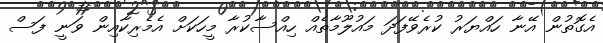
އެގޮތުން އޭނާ ހައްޔަރު ކުރެވޭފަދަ މައުލޫމާތެއް ހިއްސާކުރާ މީހަކަށް އެމެރިކާއިން ވަނީ ފަސް